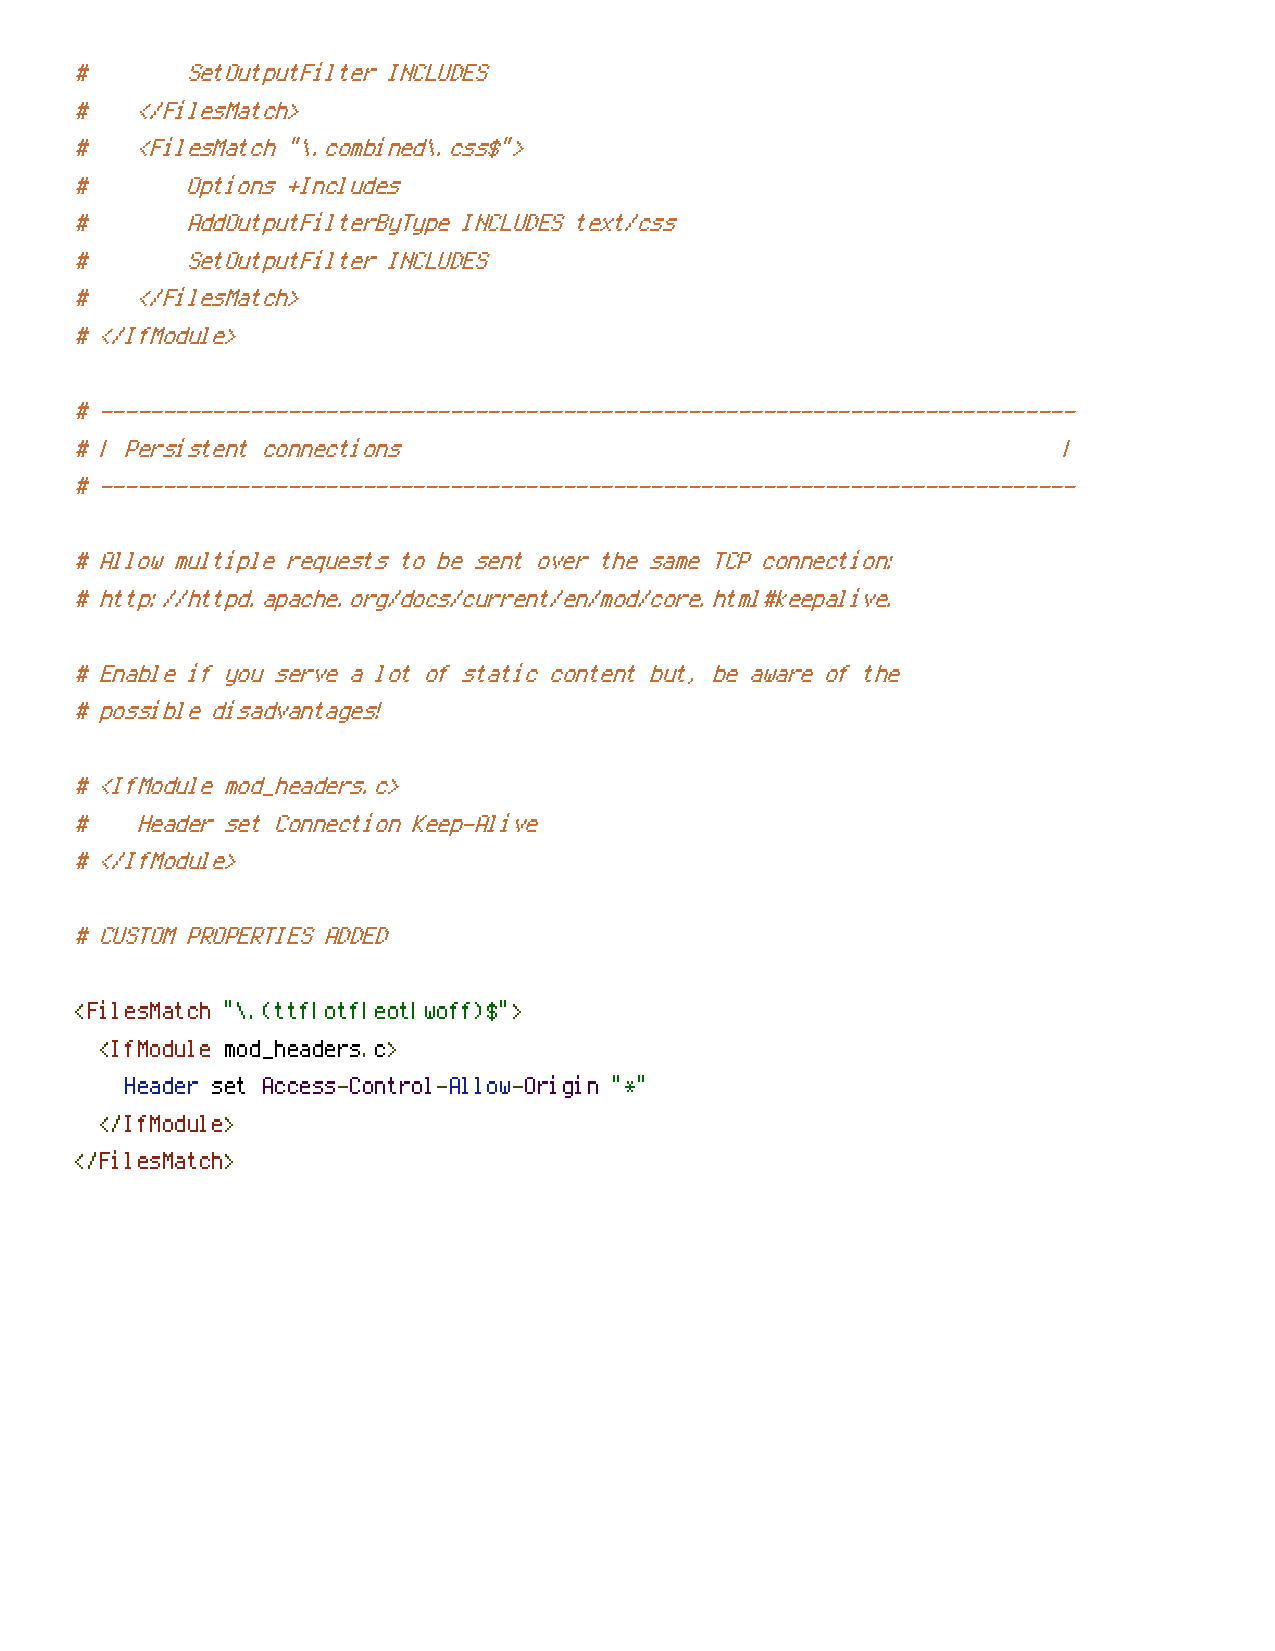
#      SetOutputFilter INCLUDES
 #   </FilesMatch>
 #   <FilesMatch "\.combined\.css$">
 #      Options +Includes
 #      AddOutputFilterByType INCLUDES text/css
 #      SetOutputFilter INCLUDES
 #   </FilesMatch>
 # </IfModule>
 # ------------------------------------------------------------------------------
 # | Persistent connections                                       |
 # ------------------------------------------------------------------------------
 # Allow multiple requests to be sent over the same TCP connection:
 # http://httpd.apache.org/docs/current/en/mod/core.html#keepalive.
 # Enable if you serve a lot of static content but, be aware of the
 # possible disadvantages!
 # <IfModule mod_headers.c>
 #   Header set Connection Keep-Alive
 # </IfModule>
 # CUSTOM PROPERTIES ADDED
 <FilesMatch "\.(ttf|otf|eot|woff)$">
 <IfModule mod_headers.c>
 Header set Access-Control-Allow-Origin "*"
 </IfModule>
 </FilesMatch>